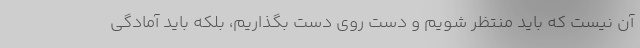
آن نیست که باید منتظر شویم و دست روی دست بگذاریم، بلکه باید آمادگی